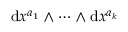
\mathrm { d } x ^ { a _ { 1 } } \wedge \cdots \wedge \mathrm { d } x ^ { a _ { k } }